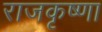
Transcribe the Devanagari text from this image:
राजकृष्णा